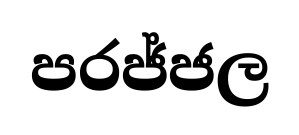
පරජ්ජල